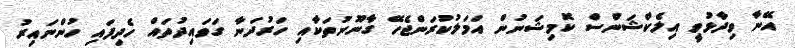
އޭނާ ވިދާޅުވީ އިލެކްޝަންސް ކޮމިޝަނުން އަމަލުކުރަންޖެހޭ ގާނޫނުތަކާއި ހަރުދަނާ ގަވައިދުތައް ހެދިފައި ހުންނައިރު